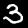
Label: 3